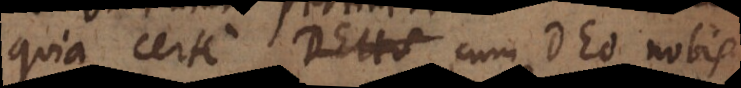
quia certe cum Deo nobis